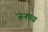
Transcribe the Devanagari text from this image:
जनपव